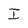
Character: I